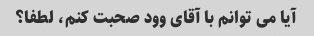
آیا می توانم با آقای وود صحبت کنم، لطفا؟